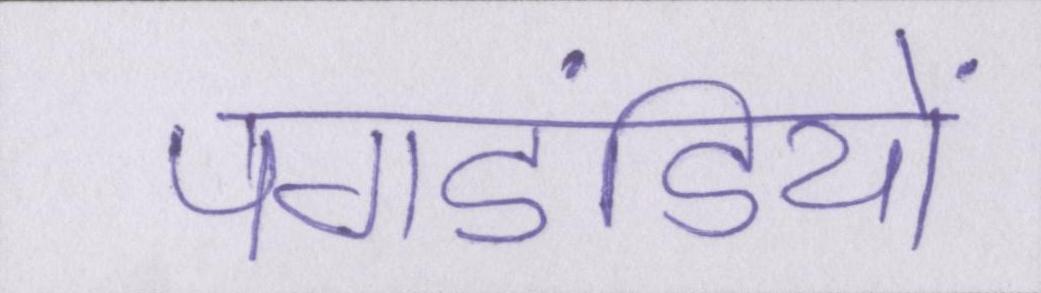
पगडंडियों